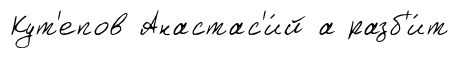
Кут'епов Анастас'и́й а разб'и́т